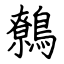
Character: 鷯